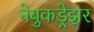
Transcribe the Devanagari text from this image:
नेबुकड्रेझर